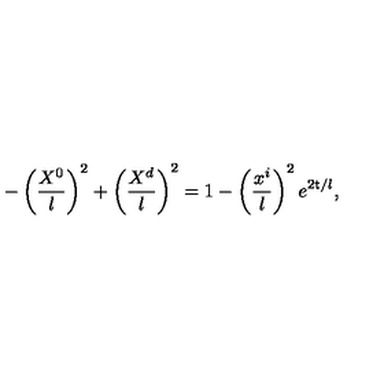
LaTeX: - \left( { \frac { X ^ { 0 } } { l } } \right) ^ { 2 } + \left( { \frac { X ^ { d } } { l } } \right) ^ { 2 } = 1 - \left( \frac { x ^ { i } } { l } \right) ^ { 2 } e ^ { 2 { \sf t } / l } ,